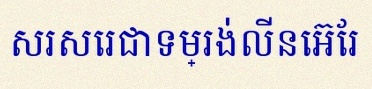
សរសេរជាទម្រង់លីនេអ៊ែរ